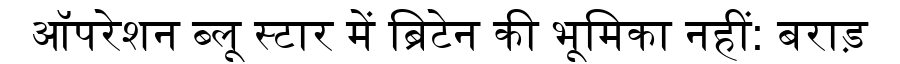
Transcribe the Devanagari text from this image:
ऑपरेशन ब्लू स्टार में ब्रिटेन की भूमिका नहीं: बराड़